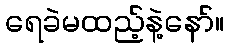
ရေခဲမထည့်နဲ့နော်။